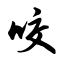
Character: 咬